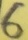
Text: 6